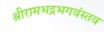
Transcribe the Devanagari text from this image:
श्रीरामभद्रभगवंस्तव